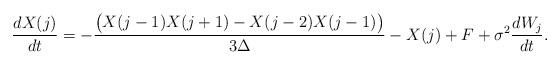
LaTeX: \begin{align*}\frac{dX(j)}{dt}=-\frac{\big(X(j-1)X(j+1)-X(j-2)X(j-1)\big)}{3\Delta}-X(j)+F+\sigma^2\frac{dW_j}{dt}.\end{align*}